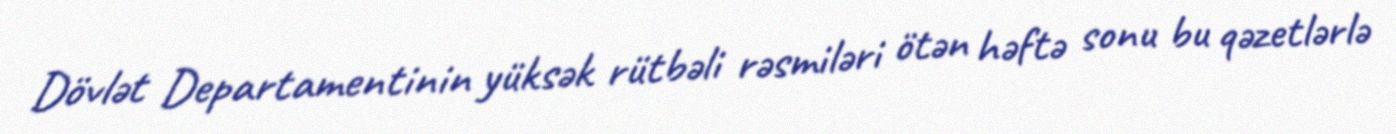
Dövlət Departamentinin yüksək rütbəli rəsmiləri ötən həftə sonu bu qəzetlərlə